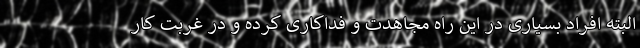
البته افراد بسیاری در این راه مجاهدت و فداکاری کرده و در غربت کار